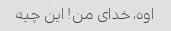
اوه، خدای من! این چیه